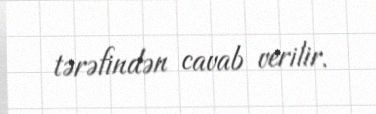
tərəfindən cavab verilir.